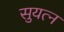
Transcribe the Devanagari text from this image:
सुयत्न